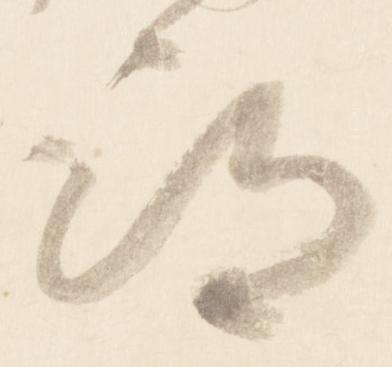
期